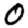
Digit: 0